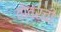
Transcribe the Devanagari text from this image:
तोवरची